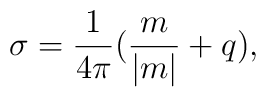
\sigma =\frac 1{4\pi }(\frac m{|m|}+q),